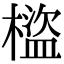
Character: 𣛯